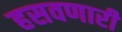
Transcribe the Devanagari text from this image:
हसवणारी